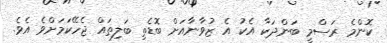
ކޮންމެ ރަސްމީ ބަންދަކާ އެކު އެ ޒުވާނާއަށް ބޮޑެތި ބަލިތައް ޖެހޭކަމަށްވެ އެވެ.